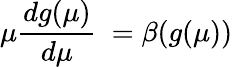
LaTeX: \mu\frac{dg(\mu)}{d\mu}\ =\beta(g(\mu))